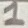
Text: 1